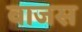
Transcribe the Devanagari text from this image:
वाजस